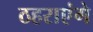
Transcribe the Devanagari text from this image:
ठहराएंगे